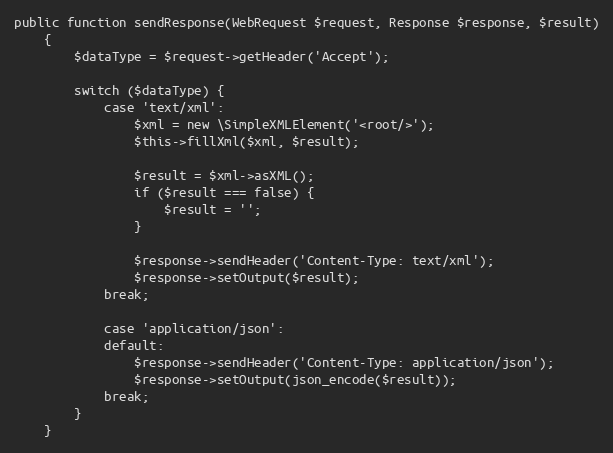
Language: PHP
public function sendResponse(WebRequest $request, Response $response, $result)
    {
        $dataType = $request->getHeader('Accept');

        switch ($dataType) {
            case 'text/xml':
                $xml = new \SimpleXMLElement('<root/>');
                $this->fillXml($xml, $result);

                $result = $xml->asXML();
                if ($result === false) {
                    $result = '';
                }

                $response->sendHeader('Content-Type: text/xml');
                $response->setOutput($result);
            break;

            case 'application/json':
            default:
                $response->sendHeader('Content-Type: application/json');
                $response->setOutput(json_encode($result));
            break;
        }
    }